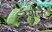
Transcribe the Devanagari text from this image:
उशने